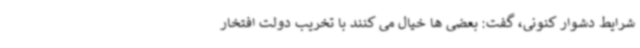
شرایط دشوار کنونی، گفت: بعضی ها خیال می کنند با تخریب دولت افتخار